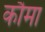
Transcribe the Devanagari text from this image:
कौमा